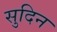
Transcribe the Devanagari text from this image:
सुदिन